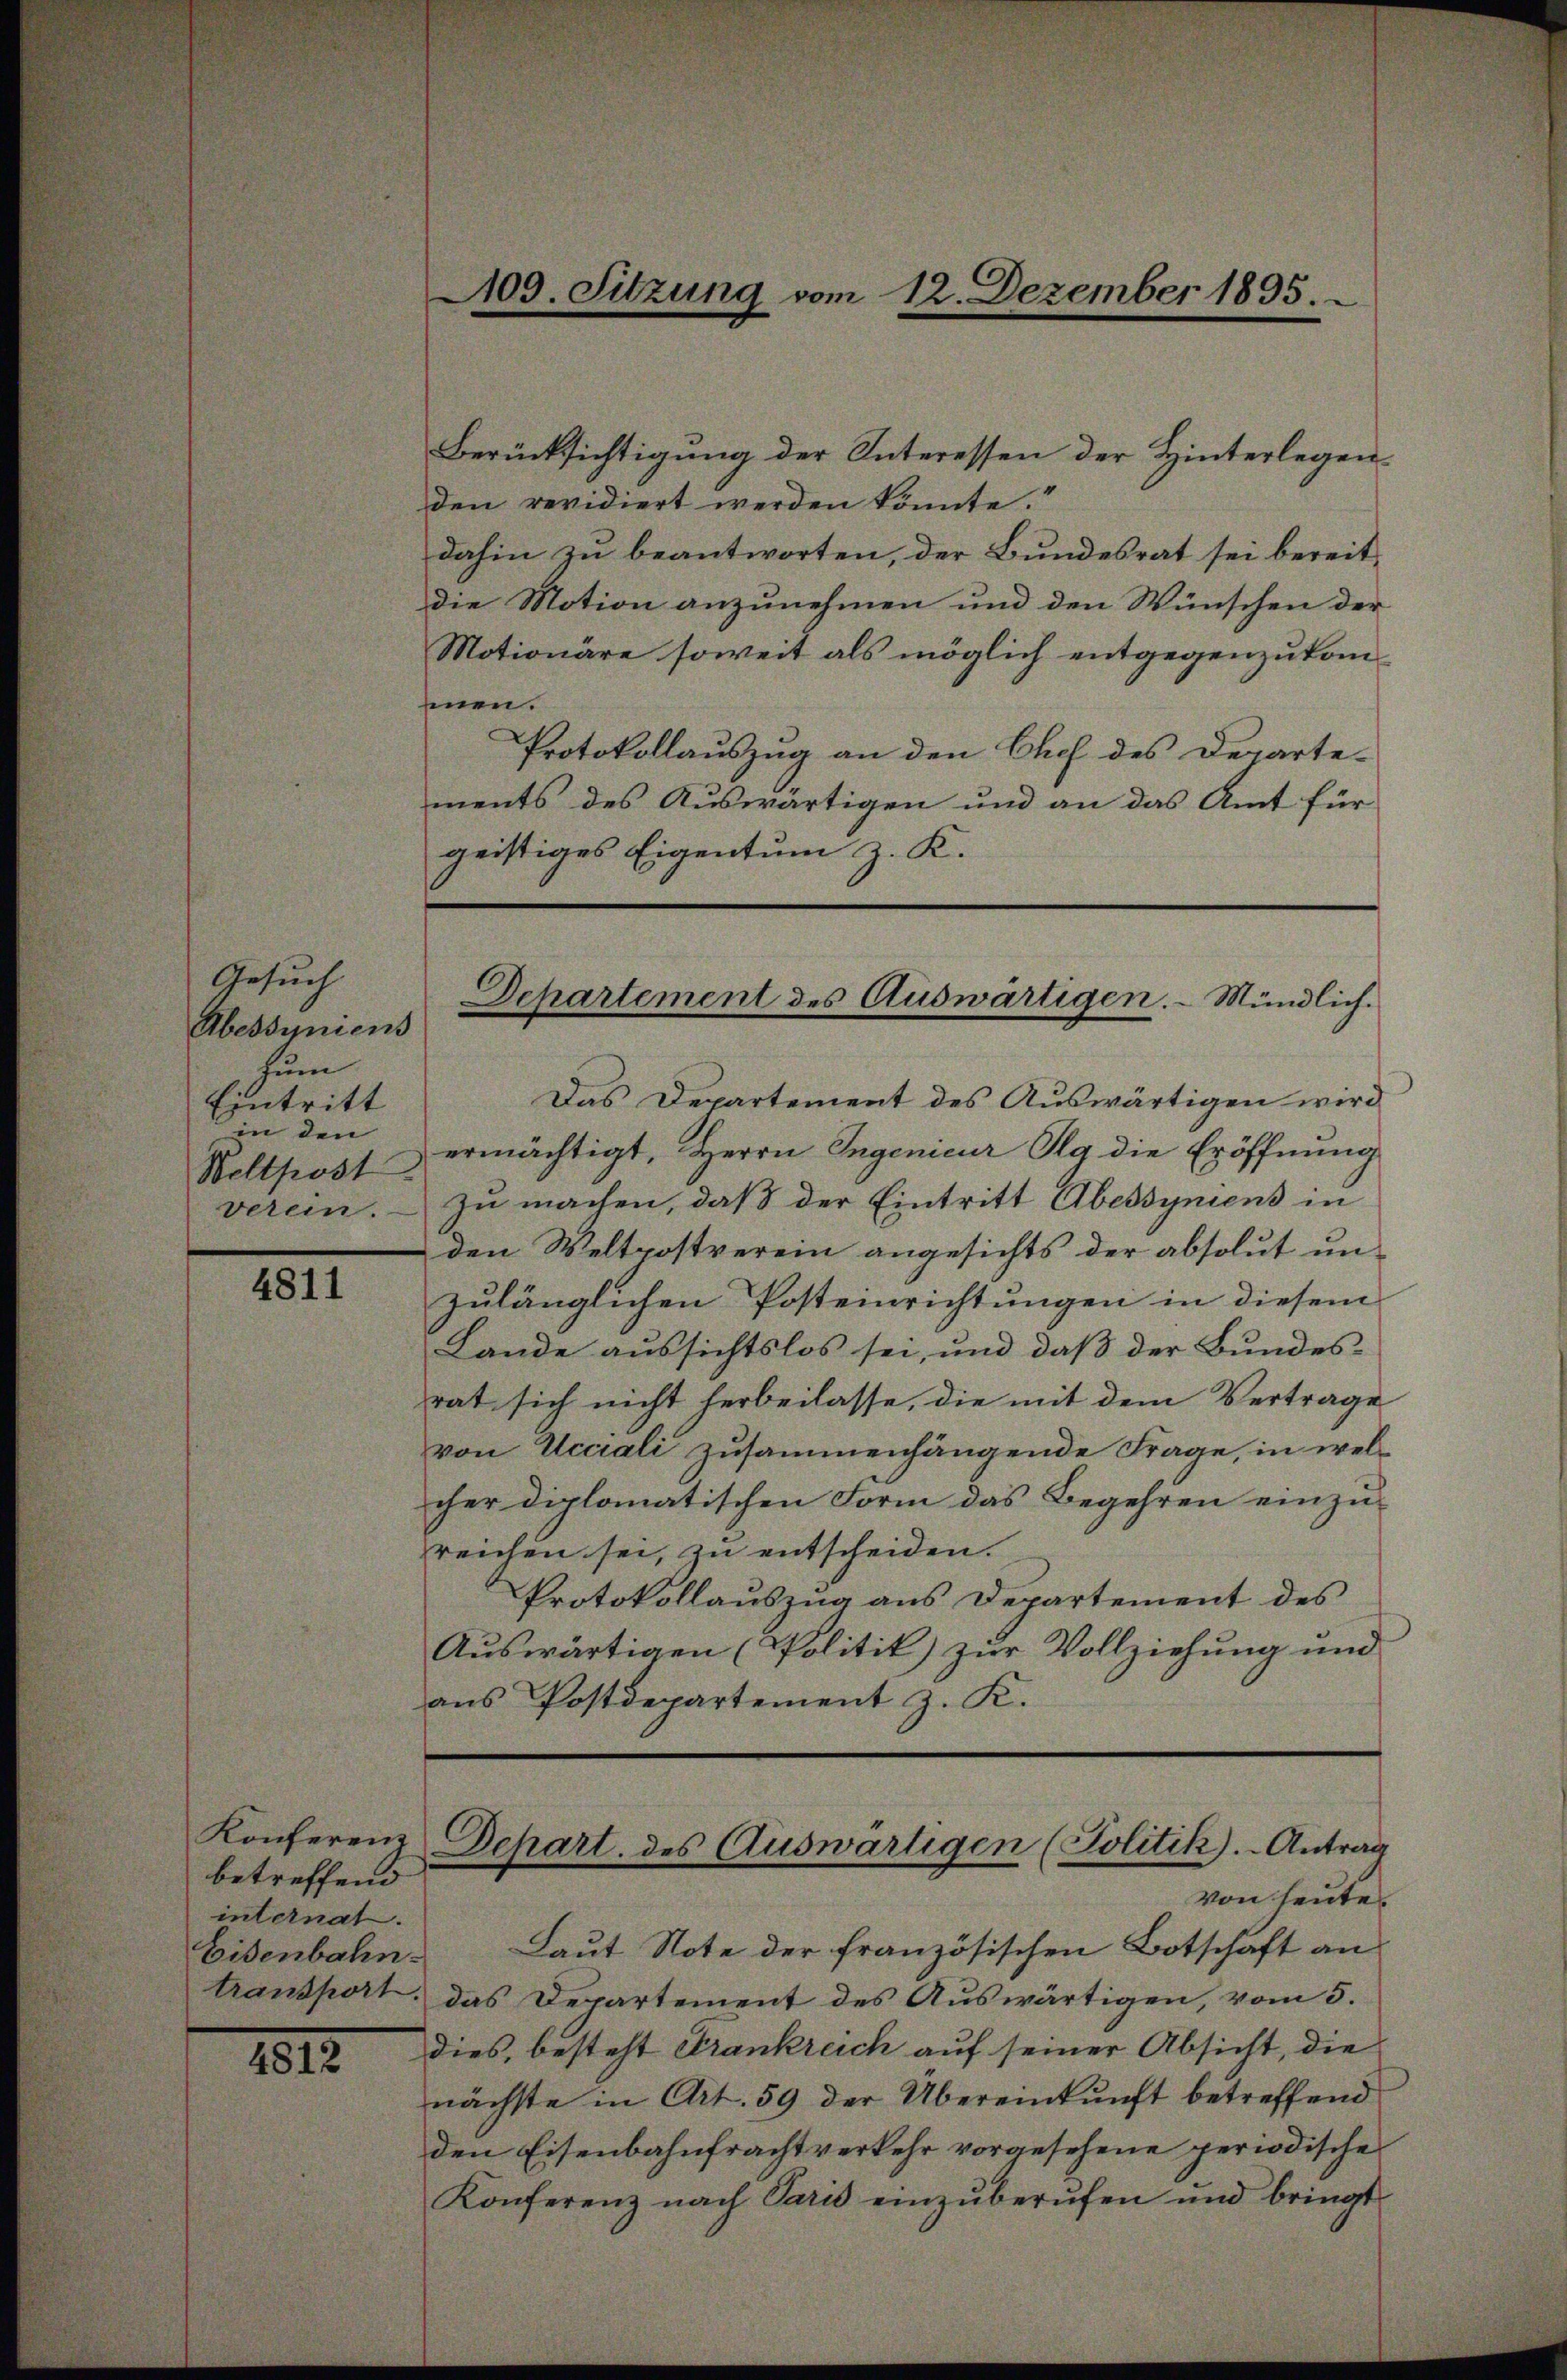
Gesuch
Abessyniens
Zum
Eintritt
in den
Weltpost.
verein.

4811

betreffend
internat.
Eisenbahn.

1812.

Berücksichtigung der Interessen der Hinterlegenden revidiert werden könnte.“
dahin zu beantworten, der Bundesrat sei bereitdie Motion anzunehmen und den Wünschen der
Motionäre soweit als möglich entgegenzukomsenen.
Protokollauszug an den Chef des Departe-
ments des Auswärtigen und an das Amt für
geistiges Eigentum z. K.

109. Sitzung vom 12. Dezember 1895.

Departement des Auswärtigen. – Mündlich.

Das Departement des Aŭswärtigen wird
ermächtigt, Herrn Ingenieur da die Eröffnung
zu machen, daß der Eintritt Abessyniens in
den Weltpostverein angesichts der absolut un-
zulänglichen Posteinrichtungen in diesem
Lande aussichtslos sei, und daß der Bundes-
rat sich nicht herbeilasse, die mit dem Vertrage
von Acciali zusammenhängende Frage, in welcher diplomatischen Form das Begehren einzu-
reichen sei, zu entscheiden.
Protokollauszug aus Departement des
Auswärtigen (Politik) zur Vollziehung und
aus Postdepartement z. K.

Konferenz Depart. des Auswärtigen (Politik).- Antrag
von heute

Laut Note der französischen Botschaft an
transport, das Departement des Auswärtigen, vom 5.
dies, besteht Frankreich auf seiner Absicht, die
nächste in Art. 59 der Übereinkunft betreffend
den Eisenbahnfrachtverkehr vorgesehene periodische
Konferenz nach Paris einzŭberŭfen und bringt